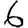
Digit: 6